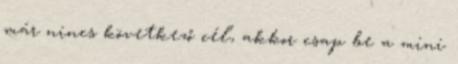
már nincs következő cél, akkor csap be a mini